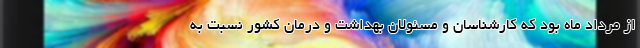
از مرداد ماه بود که کارشناسان و مسئولان بهداشت و درمان کشور نسبت به